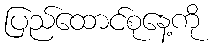
ပြည်ထောင်စုနေ့ကို